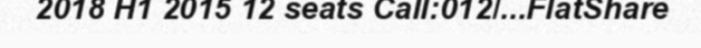
2018 H1 2015 12 seats Call:012/...FlatShare